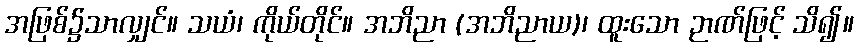
အဖြစ်၌သာလျှင်။ သယံ၊ ကိုယ်တိုင်။ အဘိညာ (အဘိညာယ)၊ ထူးသော ဉာဏ်ဖြင့် သိ၍။